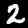
Label: 2